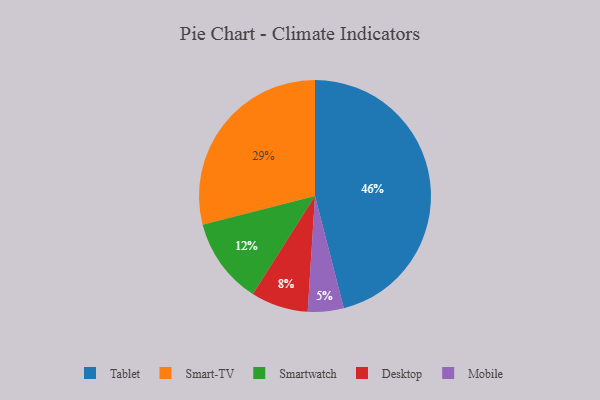
{"axis": {"x": "Category", "y": "Percentage"}, "legend": ["Desktop", "Mobile", "Smart-TV", "Smartwatch", "Tablet"], "data": [{"x": "Smart-TV", "y": 29, "type": "Smart-TV"}, {"x": "Mobile", "y": 5, "type": "Mobile"}, {"x": "Tablet", "y": 46, "type": "Tablet"}, {"x": "Desktop", "y": 8, "type": "Desktop"}, {"x": "Smartwatch", "y": 12, "type": "Smartwatch"}]}